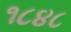
૧૮૪૮